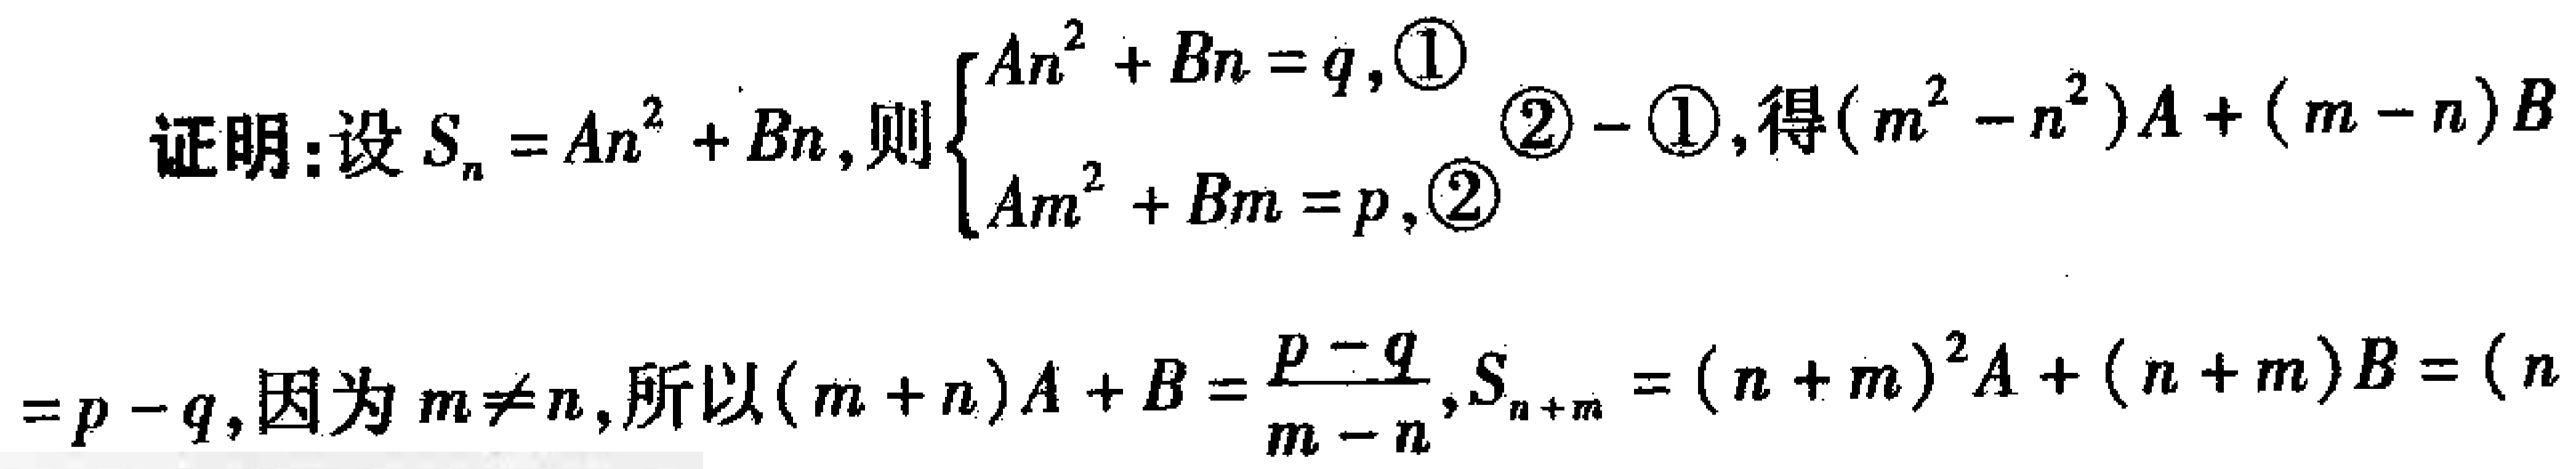
证明：设\(S_{n}=An^{2}+Bn\)，则\(\begin{cases}An^{2}+Bn = q,\textcircled{1}\\Am^{2}+Bm = p,\textcircled{2}\end{cases}\)\textcircled{2} - \textcircled{1}，得\((m^{2}-n^{2})A+(m - n)B\)
\(=p - q\)，因为\(m\neq n\)，所以\((m + n)A + B=\frac{p - q}{m - n}\)，\(S_{n + m}=(n + m)^{2}A+(n + m)B=(n\)